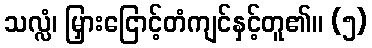
သလ္လံ၊ မြှားငြောင့်တံကျင်နှင့်တူ၏။ (၅)